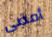
أمضى